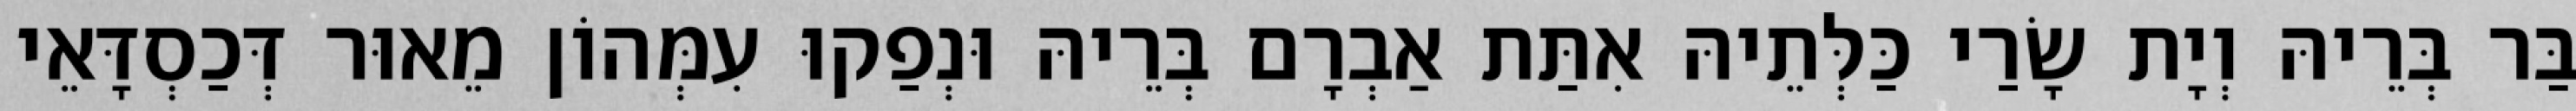
בַּר בְּרֵיהּ וְיָת שָׂרַי כַּלְּתֵיהּ אִתַּת אַבְרָם בְּרֵיהּ וּנְפַקוּ עִמְּהוֹן מֵאוּר דְּכַסְדָּאֵי